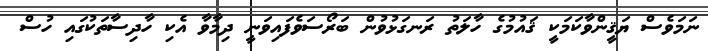
ނަމަވެސް ޔަޤީންވާކަމަކީ ޤައުމުގެ ހާލަތު ރަނގަޅުވުން ބަރޯސަވެފައިވަނީ ދިމާވާ އެކި ހާދިސާތަކުގައި ހުސް